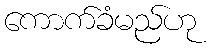
ကောက်ခံမည်ဟု